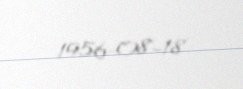
1956-08-18